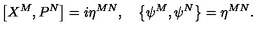
\left[ X ^ { M } , P ^ { N } \right] = i \eta ^ { M N } , \quad \left\{ \psi ^ { M } , \psi ^ { N } \right\} = \eta ^ { M N } .